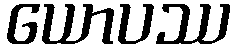
ယောပဿ